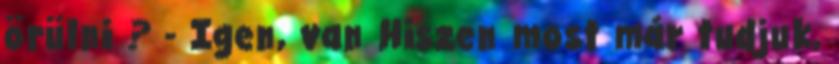
örülni ? - Igen, van Hiszen most már tudjuk,